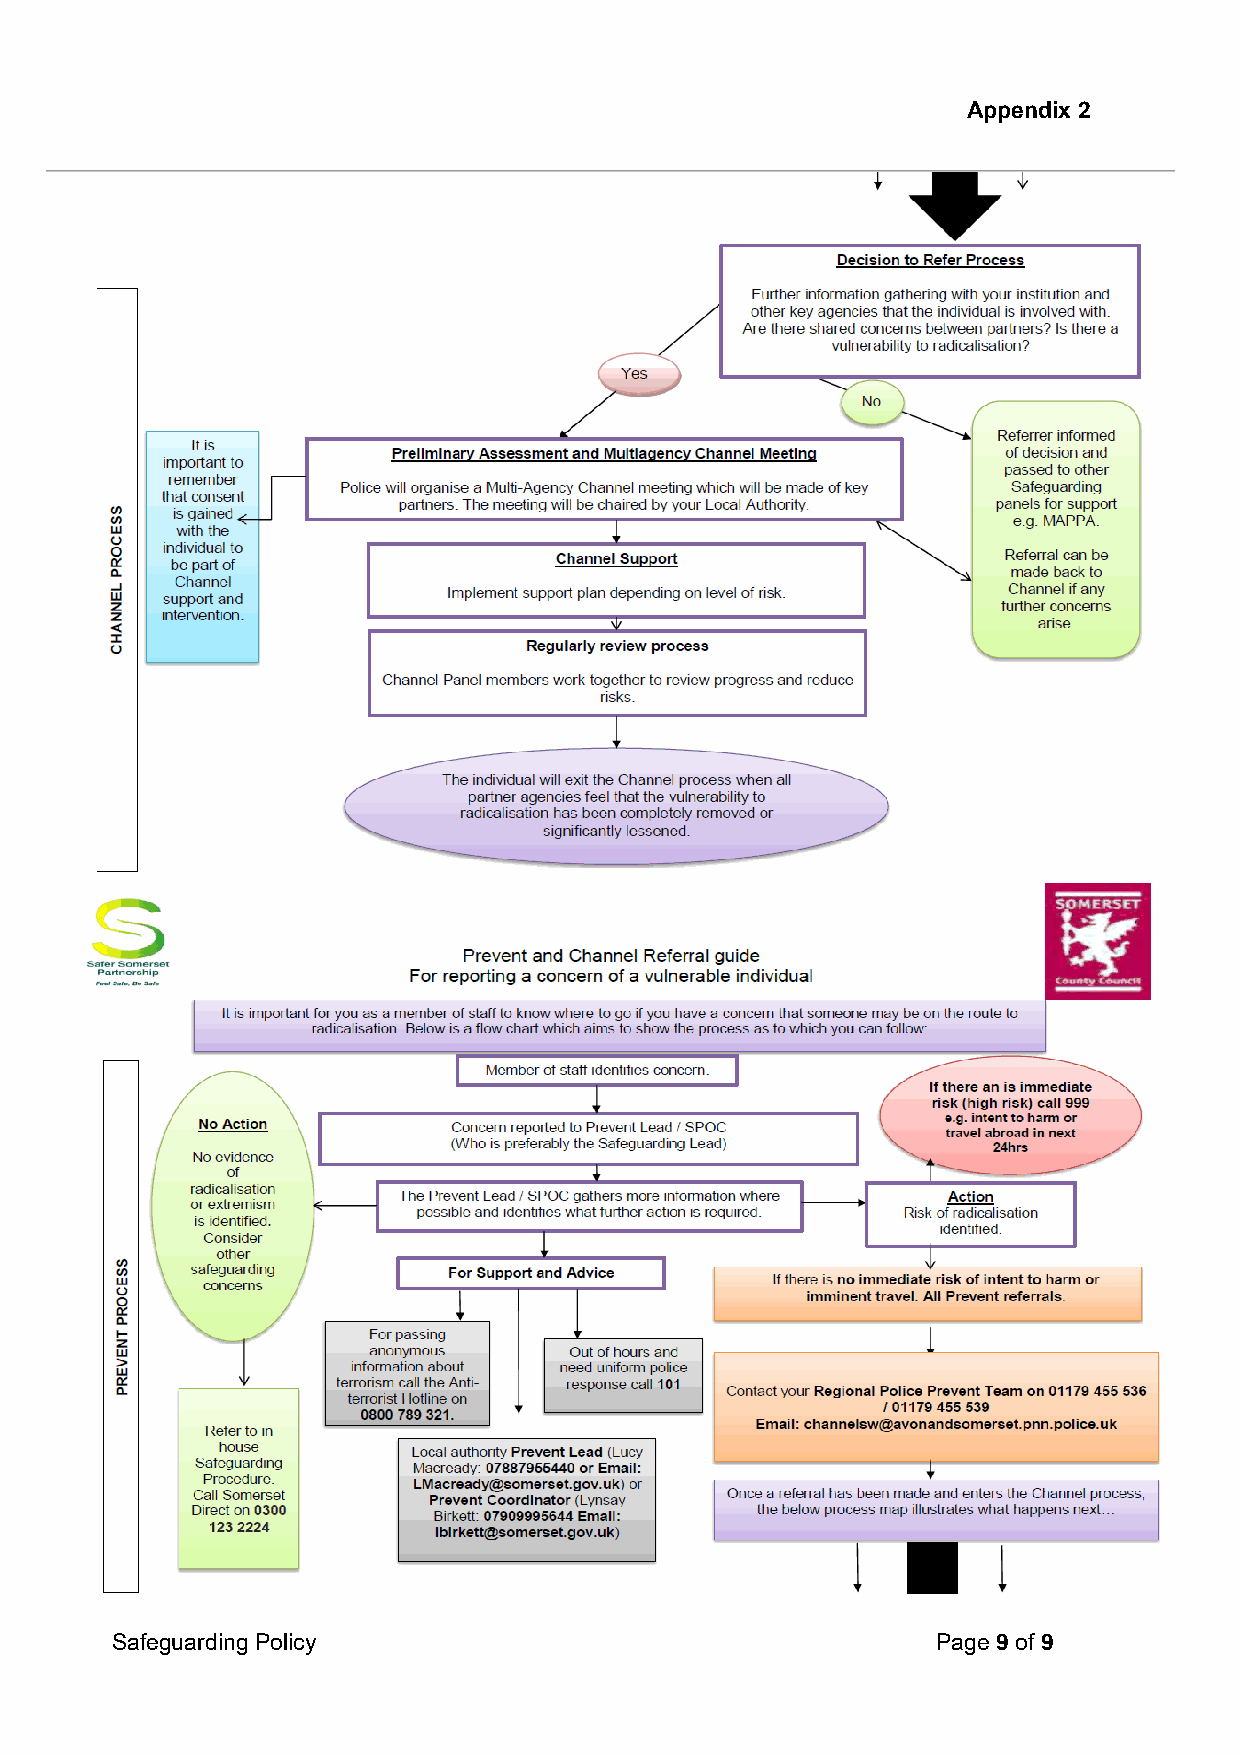
Appendix 2
 Safeguarding Policy                                    Page 9 of 9